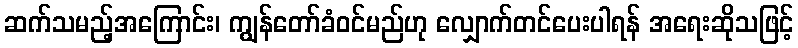
ဆက်သမည့်အကြောင်း၊ ကျွန်တော်ခံဝင်မည်ဟု လျှောက်တင်ပေးပါရန် အရေးဆိုသဖြင့်